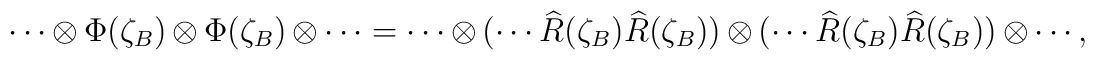
\cdots\otimes\Phi(\zeta_B)\otimes\Phi(\zeta_B)\otimes\cdots  =  \cdots\otimes(\cdots\widehat{R}(\zeta_B)\widehat{R}(\zeta_B))\otimes  (\cdots\widehat{R}(\zeta_B)\widehat{R}(\zeta_B))\otimes\cdots,